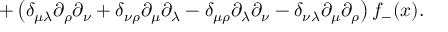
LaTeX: + \left( \delta _ { \mu \lambda } \partial _ { \rho } \partial _ { \nu } + \delta _ { \nu \rho } \partial _ { \mu } \partial _ { \lambda } - \delta _ { \mu \rho } \partial _ { \lambda } \partial _ { \nu } - \delta _ { \nu \lambda } \partial _ { \mu } \partial _ { \rho } \right) f _ { - } ( x ) .